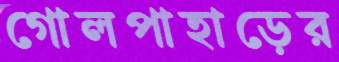
গোলপাহাড়ের